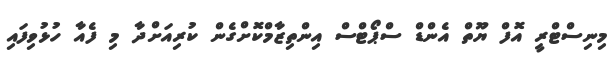
މިނިސްޓްރީ އޮފް ޔޫތް އެންޑް ސްޕޯޓްސް އިންތިޒާމްކޮށްގެން ކުރިއަށްދާ މި ފެއާ ހުޅުވިފައި